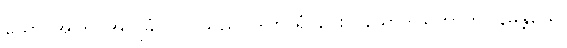
ယော၊ အကြင်အလှူခံပုဂ္ဂိုလ်သည်။ ဒါတာရံ၊ ပေးလှူသောဒါယကာကို။ နိမန္တယေ၊